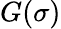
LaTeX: G(\sigma)